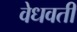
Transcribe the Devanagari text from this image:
वेधवती